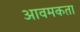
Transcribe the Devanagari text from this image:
आवमकता